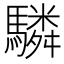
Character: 驎